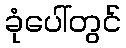
ခုံပေါ်တွင်